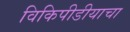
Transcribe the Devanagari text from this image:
विकिपीडीयाचा